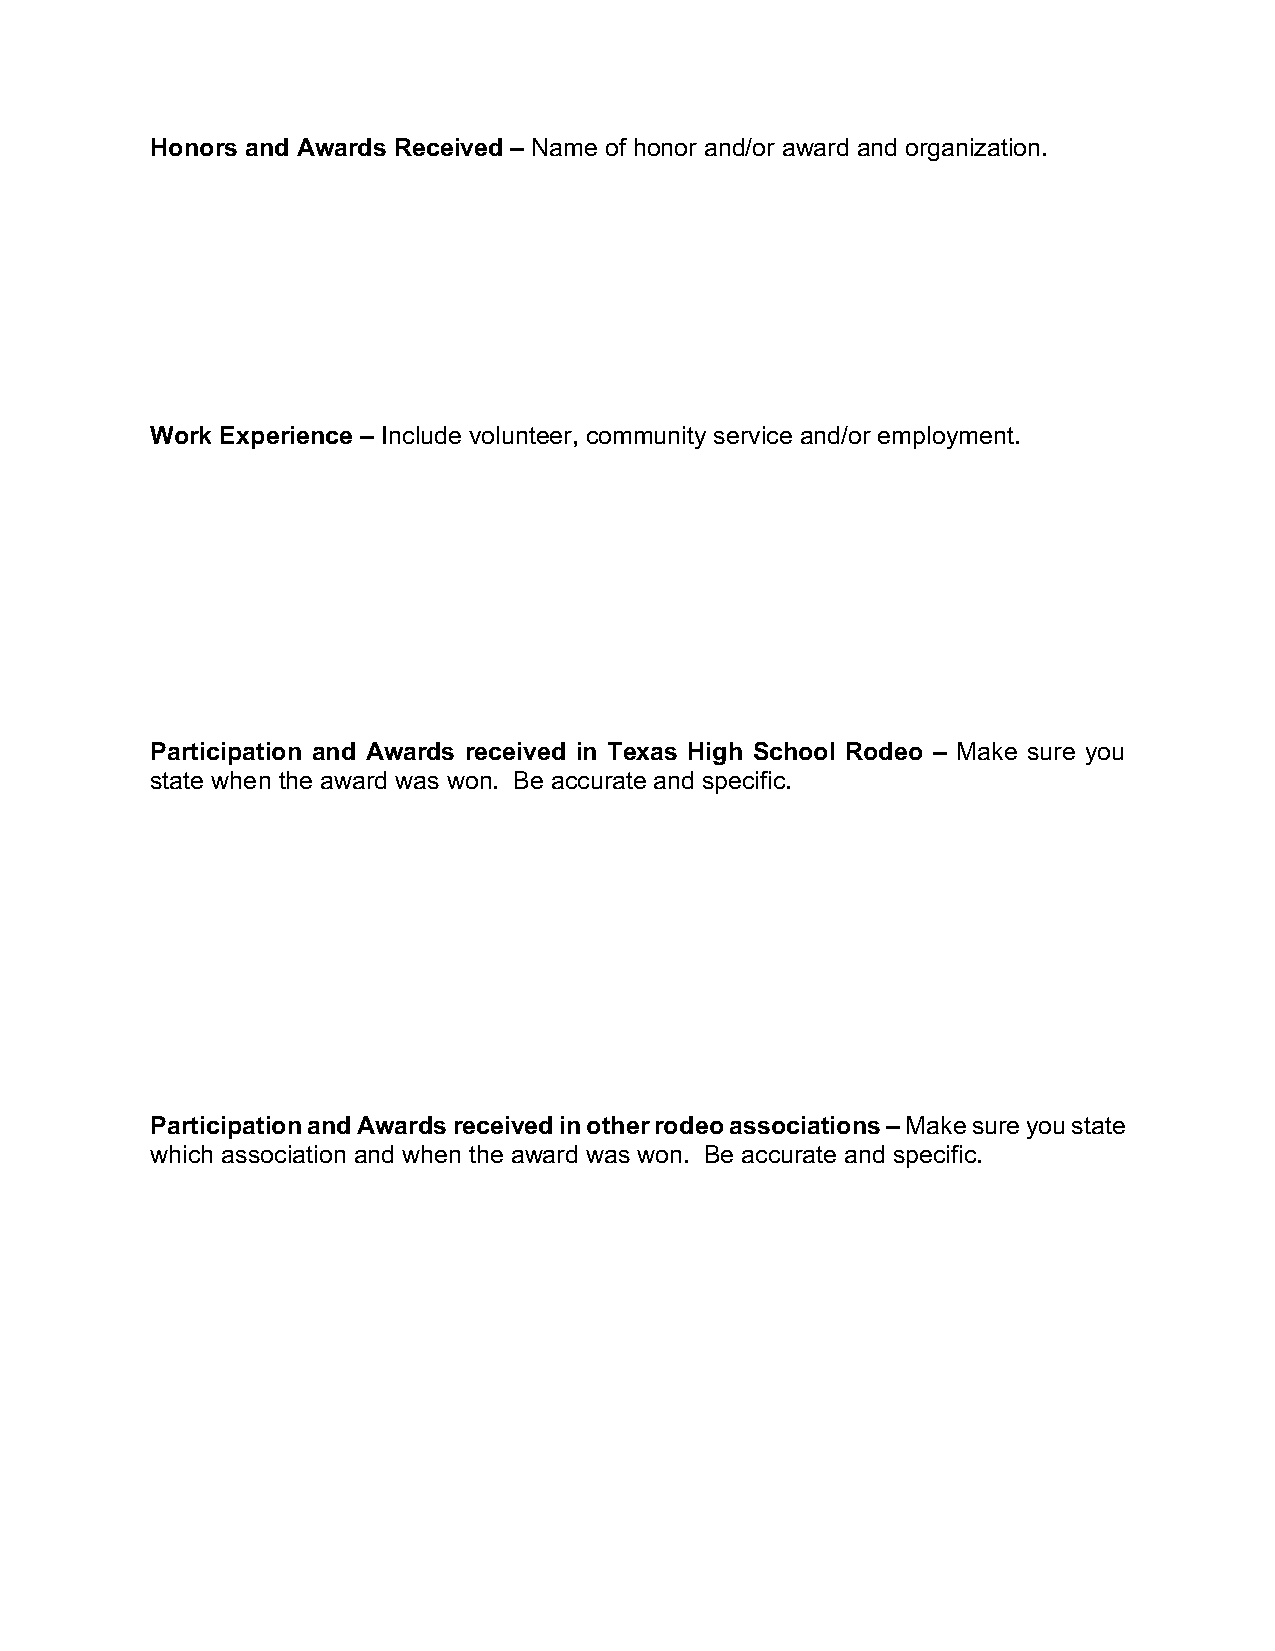
Honors and Awards Received – Name of honor and/or award and organization.
 Work Experience – Include volunteer, community service and/or employment.
 Participation and Awards received in Texas High School Rodeo – Make sure you
 state when the award was won. Be accurate and specific.
 Participation and Awards received in other rodeo associations – Make sure you state
 which association and when the award was won. Be accurate and specific.